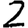
Digit: 2